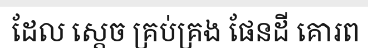
ដែល ស្តេច គ្រប់គ្រង ផែនដី គោរព